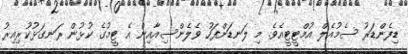
ޑިފެންޑަރު ސެމުއެލް އުމްޓީޓީއެވެ. މި ލަނޑަށްފަހު ވެލެންސިއާއިން އެ ޓީމުގެ ކުޅުން ރަނގަޅުކުރިއިރު